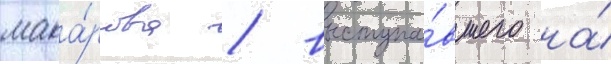
мака́рова / выступа́вшего на́